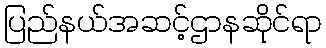
ပြည်နယ်အဆင့်ဌာနဆိုင်ရာ